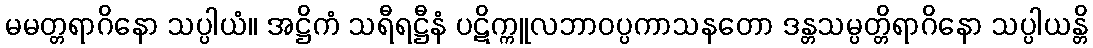
မမတ္တရာဂိနော သပ္ပါယံ။ အဋ္ဌိကံ သရီရဋ္ဌီနံ ပဋိက္ကူလဘာဝပ္ပကာသနတော ဒန္တသမ္ပတ္တိရာဂိနော သပ္ပါယန္တိ